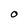
Character: o